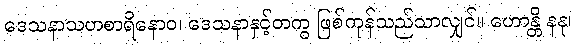
ဒေသနာသဟစာရိနောဝ၊ ဒေသနာနှင့်တကွ ဖြစ်ကုန်သည်သာလျှင်။ ဟောန္တိ နနု၊